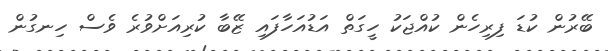
ބޭރުން ކުޑަ ފިރިހެން ކުއްޖަކު ހީގަތް އަޑުއަހާފައި ޒޭބާ ކުރިއަށްވުރެ ވެސް ހިނގުން